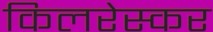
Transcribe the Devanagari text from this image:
किलरेस्कर